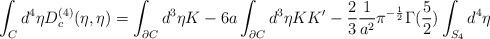
LaTeX: \begin{align*}\int_{C}{d^4}{\eta}D_{c}^{(4)}(\eta,{\eta}) = \int_{\partial C}d^3\eta K - 6a\int_{\partial C}d^3\eta KK' - \frac{2}{3}\frac{1}{a^2}\pi^{-\frac{1}{2}}\Gamma(\frac{5}{2})\int_{S_4}d^4\eta\end{align*}